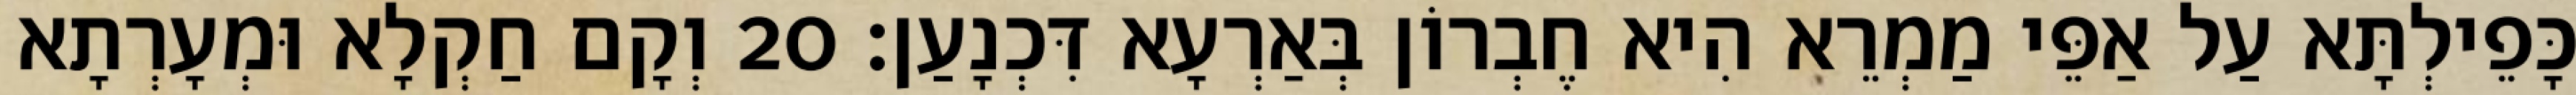
כָּפֵילְתָּא עַל אַפֵּי מַמְרֵא הִיא חֶבְרוֹן בְּאַרְעָא דִּכְנָעַן׃ 20 וְקָם חַקְלָא וּמְעָרְתָא